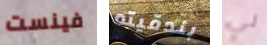
فينست بندقيته لي